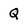
Character: Q